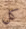
كل